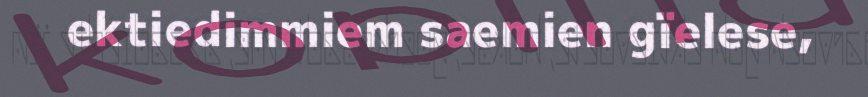
ektiedimmiem saemien gïelese,